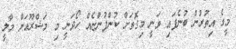
މީގެ އިތުރުން ބުނެފައި ވަނީ މިގޮތަށް ކުންފުންޏެއް ހޯދަނީ މި މަޝްރޫއަށް މާލީ